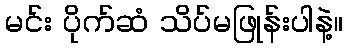
မင်း ပိုက်ဆံ သိပ်မဖြုန်းပါနဲ့။